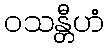
ဝသန္တီဟံ